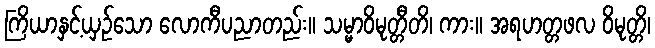
ကြိယာနှင့်ယှဉ်သော လောကီပညာတည်း။ သမ္မာဝိမုတ္တီတိ၊ ကား။ အရဟတ္တဖလ ဝိမုတ္တိ၊